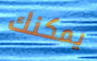
يمكنك